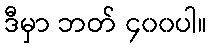
ဒီမှာ ဘတ် ၄၀၀ပါ။